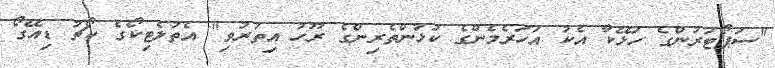
"ސަޕޯޓަރުންގެ ހަޅޭކާ އެކު އަހަރެމެންގެ ކުޅުންތެރިންގެ ރޫހު އިތުރުވި" އެތުލެޓިކޯގެ ކޯޗު ޑިއޭގޯ